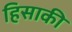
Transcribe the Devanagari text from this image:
हिसाकी